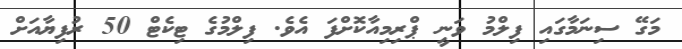
މަގޭ ސިނަމާގައި ފިލްމު ވަނީ ޕްރިމިއާކޮށްފަ އެވެ. ފިލްމުގެ ޓިކެޓް 50 ރުފިޔާއަށް